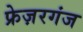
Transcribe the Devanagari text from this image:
फ्रेज़रगंज